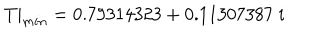
LaTeX: T | _ { m i n } = 0 . 7 9 3 1 4 3 2 3 + 0 . 1 1 3 0 7 3 8 7 \; i